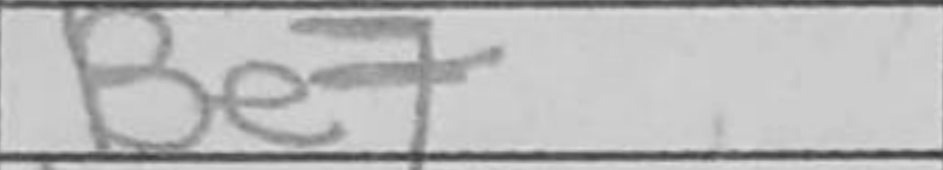
Transcription: Be7